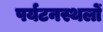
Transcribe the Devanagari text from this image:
पर्यटनस्थलों